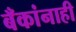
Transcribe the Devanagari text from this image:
बँकांनाही